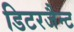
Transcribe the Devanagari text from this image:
डिटरजैन्ट